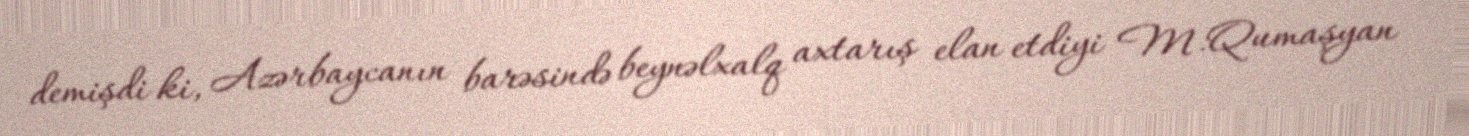
demişdi ki, Azərbaycanın barəsində beynəlxalq axtarış elan etdiyi M.Qumaşyan